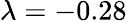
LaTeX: \lambda=-0.28